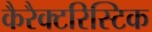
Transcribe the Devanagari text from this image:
कैरैक्टरिस्टिक